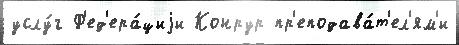
услу́г Ф'ед'ера́циjи Конрур пр'еподава́т'ел'ям'и